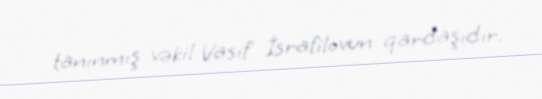
tanınmış vəkil Vasif İsrafilovun qardaşıdır.